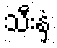
သီးနှံ